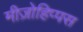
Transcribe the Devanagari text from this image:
मीज़ोहिप्पस